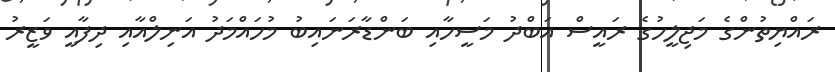
ރައްޔިތުންގެ މަޖިލީހުގެ ރައީސް އަބްދު މަސީހާއި ބަންޑާރަނައިބު މުހައްމަދު އަނިލްއާއި ދިފާއީ ވަޒީރު